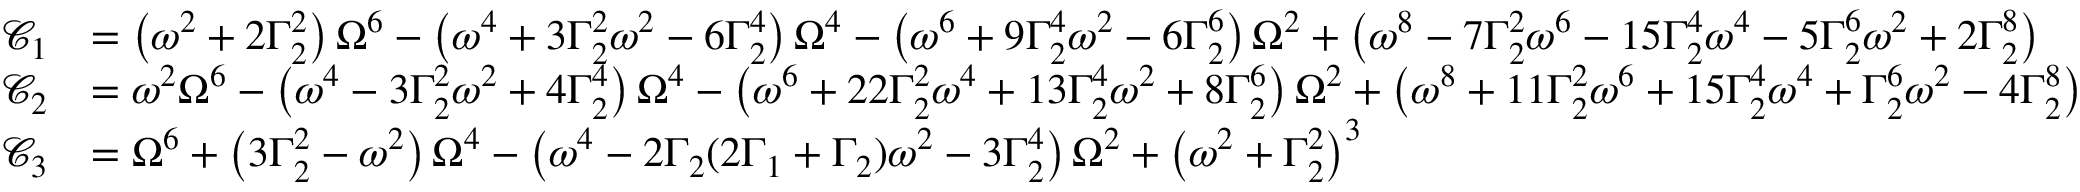
\begin{array} { r l } { \mathcal C _ { 1 } } & { = \left( \omega ^ { 2 } + 2 \Gamma _ { 2 } ^ { 2 } \right) \Omega ^ { 6 } - \left( \omega ^ { 4 } + 3 \Gamma _ { 2 } ^ { 2 } \omega ^ { 2 } - 6 \Gamma _ { 2 } ^ { 4 } \right) \Omega ^ { 4 } - \left( \omega ^ { 6 } + 9 \Gamma _ { 2 } ^ { 4 } \omega ^ { 2 } - 6 \Gamma _ { 2 } ^ { 6 } \right) \Omega ^ { 2 } + \left( \omega ^ { 8 } - 7 \Gamma _ { 2 } ^ { 2 } \omega ^ { 6 } - 1 5 \Gamma _ { 2 } ^ { 4 } \omega ^ { 4 } - 5 \Gamma _ { 2 } ^ { 6 } \omega ^ { 2 } + 2 \Gamma _ { 2 } ^ { 8 } \right) } \\ { \mathcal C _ { 2 } } & { = \omega ^ { 2 } \Omega ^ { 6 } - \left( \omega ^ { 4 } - 3 \Gamma _ { 2 } ^ { 2 } \omega ^ { 2 } + 4 \Gamma _ { 2 } ^ { 4 } \right) \Omega ^ { 4 } - \left( \omega ^ { 6 } + 2 2 \Gamma _ { 2 } ^ { 2 } \omega ^ { 4 } + 1 3 \Gamma _ { 2 } ^ { 4 } \omega ^ { 2 } + 8 \Gamma _ { 2 } ^ { 6 } \right) \Omega ^ { 2 } + \left( \omega ^ { 8 } + 1 1 \Gamma _ { 2 } ^ { 2 } \omega ^ { 6 } + 1 5 \Gamma _ { 2 } ^ { 4 } \omega ^ { 4 } + \Gamma _ { 2 } ^ { 6 } \omega ^ { 2 } - 4 \Gamma _ { 2 } ^ { 8 } \right) } \\ { \mathcal C _ { 3 } } & { = \Omega ^ { 6 } + \left( 3 \Gamma _ { 2 } ^ { 2 } - \omega ^ { 2 } \right) \Omega ^ { 4 } - \left( \omega ^ { 4 } - 2 \Gamma _ { 2 } ( 2 \Gamma _ { 1 } + \Gamma _ { 2 } ) \omega ^ { 2 } - 3 \Gamma _ { 2 } ^ { 4 } \right) \Omega ^ { 2 } + \left( \omega ^ { 2 } + \Gamma _ { 2 } ^ { 2 } \right) ^ { 3 } } \end{array}